Document type: Sale
Year: 1355
Scribe: Pere Borrell
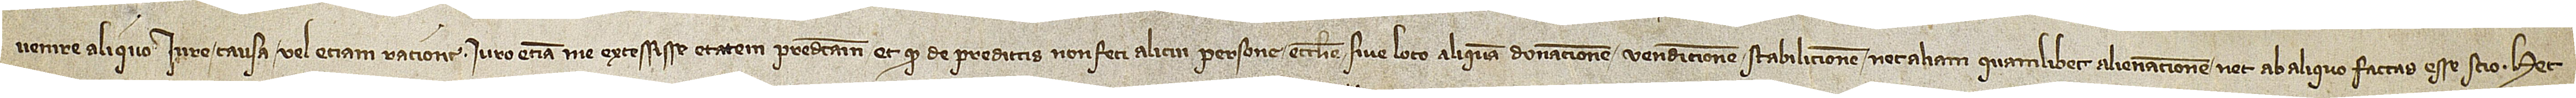
venire aliquo iure, causa vel etiam ratione. Iuro etiam me excessisse etatem predictam et quod de predictis non feci alicui persone ecclesie sive loco aliquam donationem, venditionem, stabilicionem nec aliam quamlibet alienacionem nec ab aliquo factas esse scio. Hec